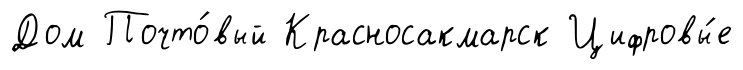
Дом Почто́вый Красносакмарск Цифровы́е